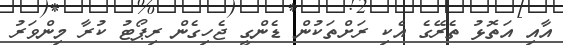
އާއި އަތޮޅު ތެރޭގެ އެކި ރަށްތަކުން ޑެންގީ ޖެހިގެން ރިޕޯޓު ކުރާ މިންވަރު